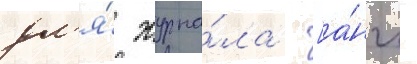
дл'я́ журна́ла  [а́нгл.